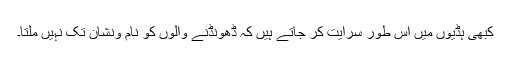
کبھی ہڈیوں میں اس طور سرایت کر جاتے ہیں کہ ڈھونڈنے والوں کو نام ونشان تک نہیں ملتا۔